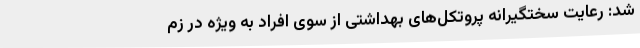
شد: رعایت سختگیرانه پروتکل‌های بهداشتی از سوی افراد به ویژه در زم